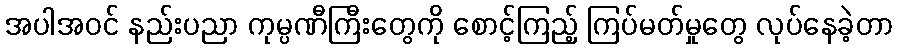
အပါအဝင် နည်းပညာ ကုမ္ပဏီကြီးတွေကို စောင့်ကြည့် ကြပ်မတ်မှုတွေ လုပ်နေခဲ့တာ